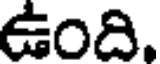
ఉంది,